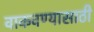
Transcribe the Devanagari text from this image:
वाकवण्यासाठी